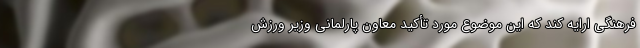
فرهنگی ارایه کند که این موضوع مورد تأکید معاون پارلمانی وزیر ورزش